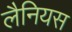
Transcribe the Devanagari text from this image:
लैनियस